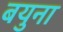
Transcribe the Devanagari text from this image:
बयुना